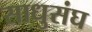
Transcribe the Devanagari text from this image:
साधुसंघ